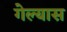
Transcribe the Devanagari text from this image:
गेल्‍यास